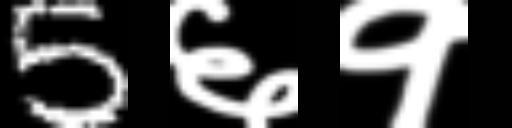
Text: 5६१